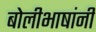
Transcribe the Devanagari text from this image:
बोलीभाषांनी